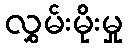
လွှမ်းမိုးမှု